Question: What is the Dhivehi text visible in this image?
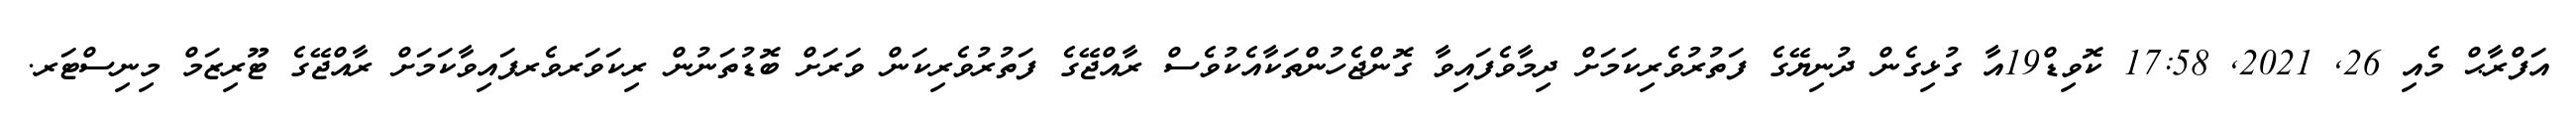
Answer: އަފްރާޙް މެއި 26, 2021, 17:58 ކޮވިޑް19އާ ގުޅިގެން ދުނިޔޭގެ ފަތުރުވެރިކަމަށް ދިމާވެފައިވާ ގޮންޖެހުންތަކާއެކުވެސް ރާއްޖޭގެ ފަތުރުވެރިކަން ވަރަށް ބޮޑުތަނުން ރިކަވަރވެރފައިވާކަމަށް ރާއްޖޭގެ ޓޫރިޒަމް މިނިސްޓަރ.